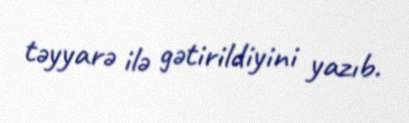
təyyarə ilə gətirildiyini yazıb.